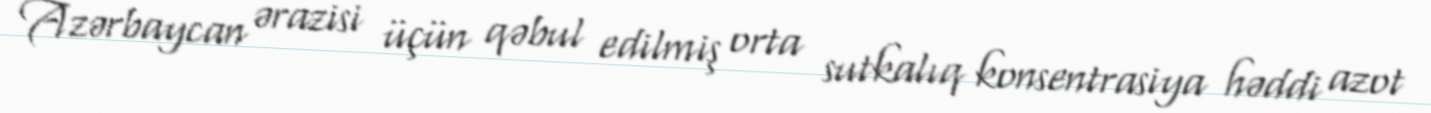
Azərbaycan ərazisi üçün qəbul edilmiş orta sutkalıq konsentrasiya həddi azot